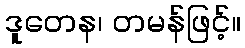
ဒူတေန၊ တမန်ဖြင့်။